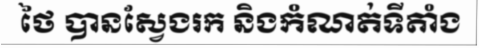
ថៃ បានស្វែងរក និងកំណត់ទីតាំង